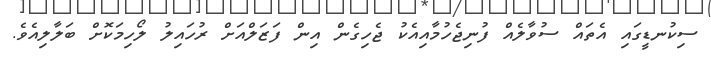
ސިކުނޑީގައި އެތައް ސުވާލެއް ފުނިޖެހުމާއިއެކު ޖެހިގެން އިން ފަޒަލްއަށް ރުހައިލު ލޯހިމަކޮށް ބަލާލިއެވެ.